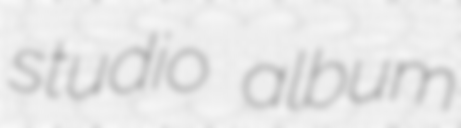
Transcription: studio album